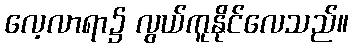
လေ့လာရာ၌ လွယ်ကူနိုင်လေသည်။